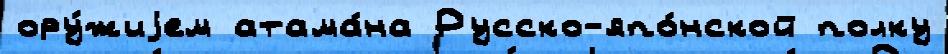
ору́жиjем атама́на Русско-япо́нской полку